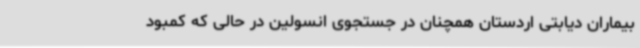
بیماران دیابتی اردستان همچنان در جستجوی انسولین در حالی که کمبود